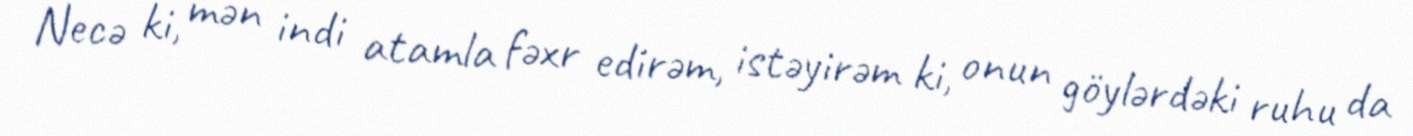
Necə ki, mən indi atamla fəxr edirəm, istəyirəm ki, onun göylərdəki ruhu da